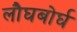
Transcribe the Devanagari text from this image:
लौघबोर्घ